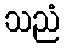
သညံ